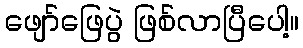
ဖျော်ဖြေပွဲ ဖြစ်လာပြီပေါ့။